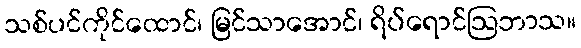
သစ်ပင်ကိုင်ထောင်၊ မြင်သာအောင်၊ ရိပ်ရောင်ဩဘာသ။